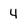
Character: 4